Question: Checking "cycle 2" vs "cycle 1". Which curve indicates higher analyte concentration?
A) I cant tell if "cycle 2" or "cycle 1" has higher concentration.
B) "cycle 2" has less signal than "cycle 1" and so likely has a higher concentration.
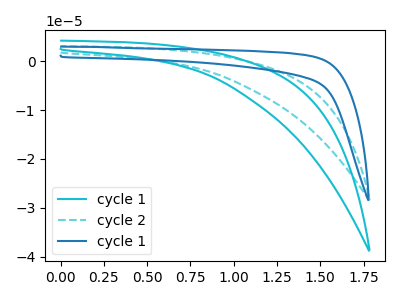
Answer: <think>The cyan curve "cycle 1" has no peaks. The cyan dashed curve "cycle 2" has no peaks. The blue curve "cycle 1" has no peaks.
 Neither "cycle 2" or "cycle 1" have any peaks.</think>
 <answer>A) I cant tell if "cycle 2" or "cycle 1" has higher concentration.</answer>
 <eval>A</eval>